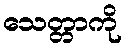
သေတ္တာကို